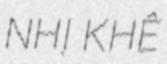
NHỊ KHÊ